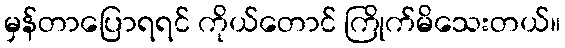
မှန်တာပြောရရင် ကိုယ်တောင် ကြိုက်မိသေးတယ်။